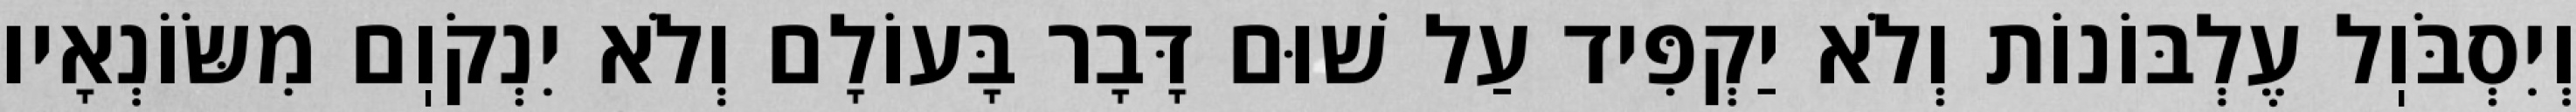
וְיִסְבֹּוֽל עֶלְבּוֹנוֹת וְלֹא יַקְפִּיד עַל שׁוּם דָּבָר בָּעוֹלָם וְלֹא יִנְקֹוֽם מִשּׂוֹנְאָיו